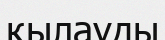
қылауды